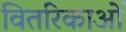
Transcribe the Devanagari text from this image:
वितरिकाओं